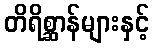
တိရိစ္ဆာန်များနှင့်